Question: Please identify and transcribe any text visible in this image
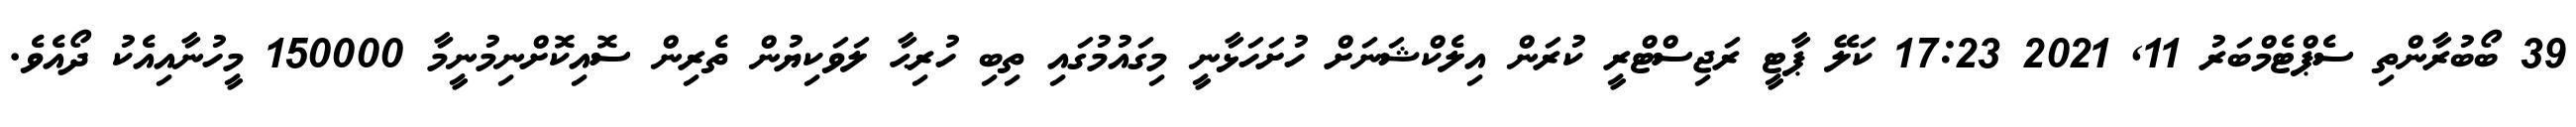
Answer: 39 ބޯބުރާންތި ސެޕްޓެމްބަރު 11, 2021 17:23 ކަލޭ ޕާޓީ ރަޖިސްޓްރީ ކުރަން އިލެކްޝަނަށް ހުށަހަޅާނީ މިގައުމުގައި ތިބި ހުރިޙާ ލަވަކިޔުން ތެރިން ސޮއިކޮށްނިމުނީމާ 150000 މީހުނާއިއެކު ދޯއެވެ.